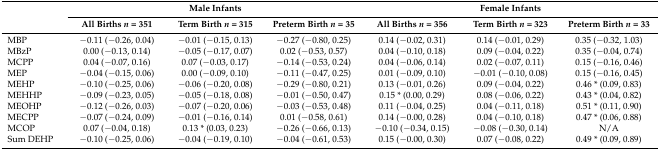
<table><thead><tr><td rowspan="2"></td><td colspan="3"><b>Male Infants</b></td><td colspan="3"><b>Female Infants</b></td></tr><tr><td><b>All Births <i>n</i> = 351</b></td><td><b>Term Birth <i>n</i> = 315</b></td><td><b>Preterm Birth <i>n</i> = 35</b></td><td><b>All Births <i>n</i> = 356</b></td><td><b>Term Birth <i>n</i> = 323</b></td><td><b>Preterm Birth <i>n</i> = 33</b></td></tr></thead><tbody><tr><td>MBP</td><td>−0.11 (−0.26, 0.04)</td><td>−0.01 (−0.15, 0.13)</td><td>−0.27 (−0.80, 0.25)</td><td>0.14 (−0.02, 0.31)</td><td>0.14 (−0.01, 0.29)</td><td>0.35 (−0.32, 1.03)</td></tr><tr><td>MBzP</td><td>0.00 (−0.13, 0.14)</td><td>−0.05 (−0.17, 0.07)</td><td>0.02 (−0.53, 0.57)</td><td>0.04 (−0.10, 0.18)</td><td>0.09 (−0.04, 0.22)</td><td>0.35 (−0.04, 0.74)</td></tr><tr><td>MCPP</td><td>0.04 (−0.07, 0.16)</td><td>0.07 (−0.03, 0.17)</td><td>−0.14 (−0.53, 0.24)</td><td>0.04 (−0.06, 0.14)</td><td>0.02 (−0.07, 0.11)</td><td>0.15 (−0.16, 0.46)</td></tr><tr><td>MEP</td><td>−0.04 (−0.15, 0.06)</td><td>0.00 (−0.09, 0.10)</td><td>−0.11 (−0.47, 0.25)</td><td>0.01 (−0.09, 0.10)</td><td>−0.01 (−0.10, 0.08)</td><td>0.15 (−0.16, 0.45)</td></tr><tr><td>MEHP</td><td>−0.10 (−0.25, 0.06)</td><td>−0.06 (−0.20, 0.08)</td><td>−0.29 (−0.80, 0.21)</td><td>0.13 (−0.01, 0.26)</td><td>0.09 (−0.04, 0.22)</td><td>0.46 * (0.09, 0.83)</td></tr><tr><td>MEHHP</td><td>−0.09 (−0.23, 0.05)</td><td>−0.05 (−0.18, 0.08)</td><td>−0.01 (−0.50, 0.47)</td><td>0.15 * (0.00, 0.29)</td><td>0.08 (−0.06, 0.22)</td><td>0.43 * (0.04, 0.82)</td></tr><tr><td>MEOHP</td><td>−0.12 (−0.26, 0.03)</td><td>−0.07 (−0.20, 0.06)</td><td>−0.03 (−0.53, 0.48)</td><td>0.11 (−0.04, 0.25)</td><td>0.04 (−0.11, 0.18)</td><td>0.51 * (0.11, 0.90)</td></tr><tr><td>MECPP</td><td>−0.07 (−0.24, 0.09)</td><td>−0.01 (−0.16, 0.14)</td><td>0.01 (−0.58, 0.61)</td><td>0.14 (−0.00, 0.28)</td><td>0.04 (−0.10, 0.18)</td><td>0.47 * (0.06, 0.88)</td></tr><tr><td>MCOP</td><td>0.07 (−0.04, 0.18)</td><td>0.13 * (0.03, 0.23)</td><td>−0.26 (−0.66, 0.13)</td><td>−0.10 (−0.34, 0.15)</td><td>−0.08 (−0.30, 0.14)</td><td>N/A</td></tr><tr><td>Sum DEHP </td><td>−0.10 (−0.25, 0.06)</td><td>−0.04 (−0.19, 0.10)</td><td>−0.04 (−0.61, 0.53)</td><td>0.15 (−0.00, 0.30)</td><td>0.07 (−0.08, 0.22)</td><td>0.49 * (0.09, 0.89)</td></tr></tbody></table>